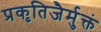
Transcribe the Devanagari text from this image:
प्रकृतिजैर्मुक्तं